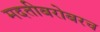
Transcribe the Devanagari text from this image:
मदतीबरोबरच